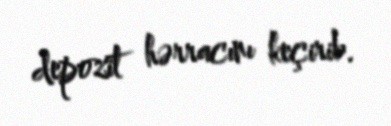
depozit hərracını keçirib.